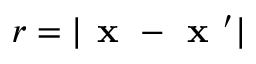
r = | \textbf { x } - \textbf { x } ^ { \prime } |